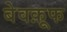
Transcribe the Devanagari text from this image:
बेवक़ूफ